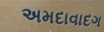
અમદાવાદગ